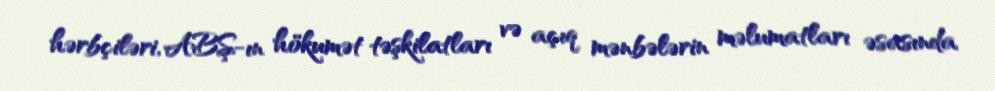
hərbçiləri, ABŞ-ın hökumət təşkilatları və açıq mənbələrin məlumatları əsasında